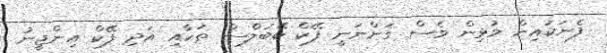
ފެނަކައިން މުޅިން ވެސް ގަންނަނީ ފޭކް ކޭބަލްސް ތަކާއި އަދި ފޭކް އިންޖީނު